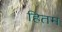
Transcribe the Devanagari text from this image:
हितम